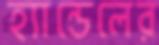
হ্যান্ডেলের